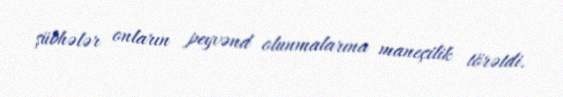
şübhələr onların peyvənd olunmalarına maneçilik törətdi.